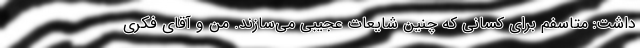
داشت: متاسفم برای کسانی که چنین شایعات عجیبی می‌سازند. من و آقای فکری